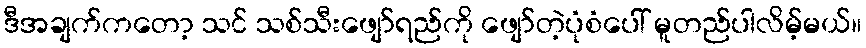
ဒီအချက်ကတော့ သင် သစ်သီးဖျော်ရည်ကို ဖျော်တဲ့ပုံစံပေါ် မူတည်ပါလိမ့်မယ်။